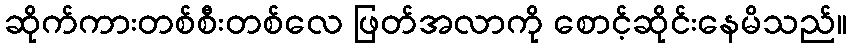
ဆိုက်ကားတစ်စီးတစ်လေ ဖြတ်အလာကို စောင့်ဆိုင်းနေမိသည်။